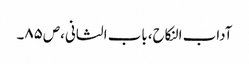
آداب النکاح،باب الثانی،ص٨٥۔